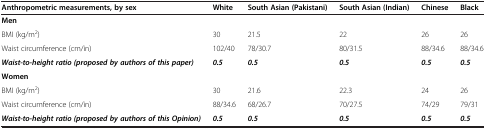
| Anthropometric measurements, by sex | White | South Asian (Pakistani) | South Asian (Indian) | Chinese | Black |
 | --- | --- | --- | --- | --- | --- |
 | Men |  |  |  |  |  |
 | BMI (kg/m2) | 30 | 21.5 | 22 | 26 | 26 |
 | Waist circumference (cm/in) | 102/40 | 78/30.7 | 80/31.5 | 88/34.6 | 88/34.6 |
 | Waist-to-height ratio (proposed by authors of this paper) | 0.5 | 0.5 | 0.5 | 0.5 | 0.5 |
 | Women |  |  |  |  |  |
 | BMI (kg/m2) | 30 | 21.6 | 22.3 | 24 | 26 |
 | Waist circumference (cm/in) | 88/34.6 | 68/26.7 | 70/27.5 | 74/29 | 79/31 |
 | Waist-to-height ratio (proposed by authors of this Opinion) | 0.5 | 0.5 | 0.5 | 0.5 | 0.5 |